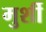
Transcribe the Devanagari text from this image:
मुर्शी